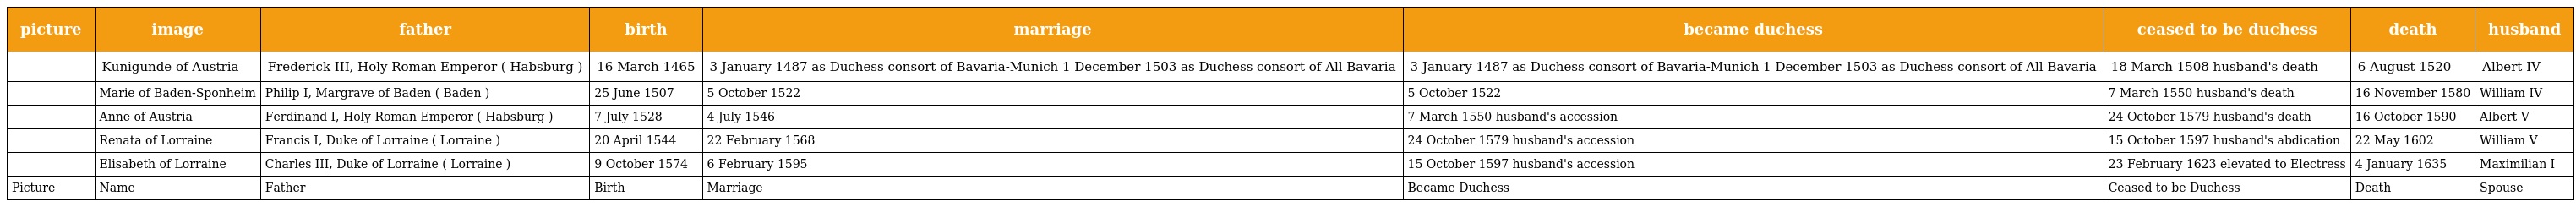
| picture | image | father | birth | marriage | became duchess | ceased to be duchess | death | husband |
 | --- | --- | --- | --- | --- | --- | --- | --- | --- |
 |  | Kunigunde of Austria | Frederick III, Holy Roman Emperor ( Habsburg ) | 16 March 1465 | 3 January 1487 as Duchess consort of Bavaria-Munich 1 December 1503 as Duchess consort of All Bavaria | 3 January 1487 as Duchess consort of Bavaria-Munich 1 December 1503 as Duchess consort of All Bavaria | 18 March 1508 husband's death | 6 August 1520 | Albert IV |
 |  | Marie of Baden-Sponheim | Philip I, Margrave of Baden ( Baden ) | 25 June 1507 | 5 October 1522 | 5 October 1522 | 7 March 1550 husband's death | 16 November 1580 | William IV |
 |  | Anne of Austria | Ferdinand I, Holy Roman Emperor ( Habsburg ) | 7 July 1528 | 4 July 1546 | 7 March 1550 husband's accession | 24 October 1579 husband's death | 16 October 1590 | Albert V |
 |  | Renata of Lorraine | Francis I, Duke of Lorraine ( Lorraine ) | 20 April 1544 | 22 February 1568 | 24 October 1579 husband's accession | 15 October 1597 husband's abdication | 22 May 1602 | William V |
 |  | Elisabeth of Lorraine | Charles III, Duke of Lorraine ( Lorraine ) | 9 October 1574 | 6 February 1595 | 15 October 1597 husband's accession | 23 February 1623 elevated to Electress | 4 January 1635 | Maximilian I |
 | Picture | Name | Father | Birth | Marriage | Became Duchess | Ceased to be Duchess | Death | Spouse |